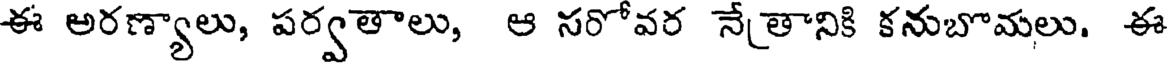
ఈ అరణ్యాలు, పర్వతాలు, ఆ సరోవర నేతానికి కనుబొమలు. ఈ